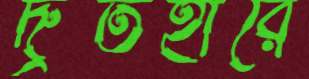
দ্রুতহারে